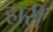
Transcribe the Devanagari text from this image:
हारीं